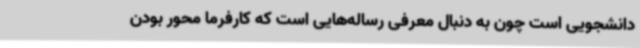
دانشجویی است چون به دنبال معرفی رساله‌هایی است که کارفرما محور بودن